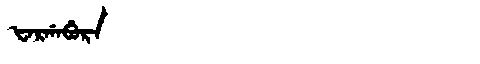
Manchu: ᡶᠠᡵᡤᠠᠪᡠᡵᠠ
Romanization: FARGABURA